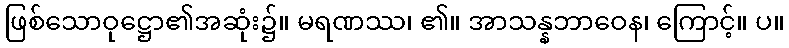
ဖြစ်သောဝုဋ္ဌော၏အဆုံး၌။ မရဏဿ၊ ၏။ အာသန္နဘာဝေန၊ ကြောင့်။ ပ။